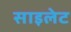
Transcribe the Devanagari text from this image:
साइलेट